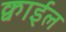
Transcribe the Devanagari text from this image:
क्वाईल